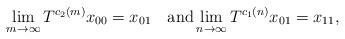
LaTeX: \begin{align*}\lim_{m\to\infty}T^{c_2(m)}x_{00}=x_{01} \quad\textup{and}\lim_{n\to\infty}T^{c_1(n)}x_{01}=x_{11},\end{align*}